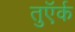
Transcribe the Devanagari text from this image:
तुऍर्क